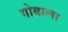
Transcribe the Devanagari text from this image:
गोबाला